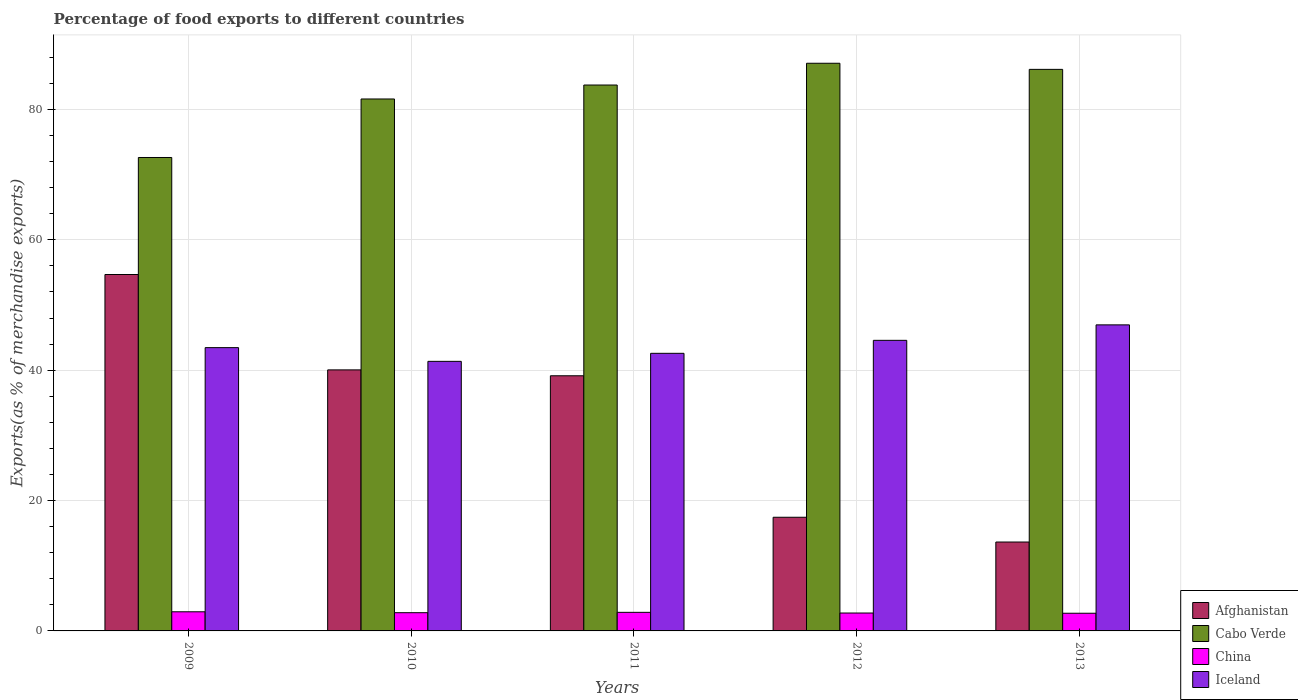
| Years | Afghanistan | Cabo Verde | China | Iceland |
 | --- | --- | --- | --- | --- |
 | 2009 | 54.7 | 72.6 | 2.94 | 43.5 |
 | 2010 | 40 | 81.6 | 2.8 | 41.4 |
 | 2011 | 39.1 | 83.7 | 2.85 | 42.6 |
 | 2012 | 17.4 | 87.1 | 2.75 | 44.6 |
 | 2013 | 13.6 | 86.2 | 2.71 | 47 |